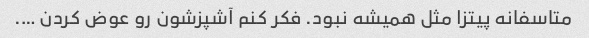
متاسفانه پیتزا مثل همیشه نبود. فکر کنم آشپزشون رو عوض کردن ….